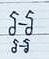
អ្អ